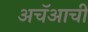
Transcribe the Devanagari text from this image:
अचॅआची